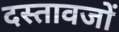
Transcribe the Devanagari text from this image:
दस्तावजों